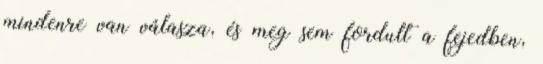
mindenre van válasza, és meg sem fordult a fejedben,